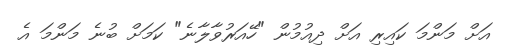
އަށް މަންމަ ކައިރި އަށް ދިއުމުން "ހޭއަރުވާލާނެ" ކަމަށް ބުނެ މަންމަ އެ